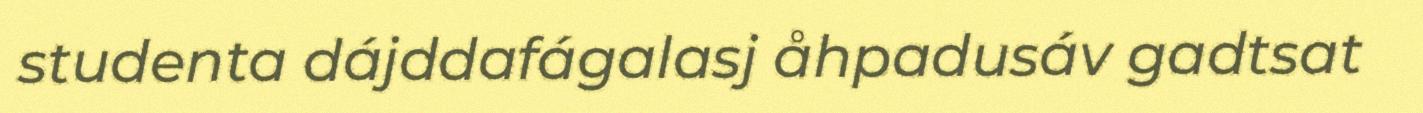
studenta dájddafágalasj åhpadusáv gadtsat